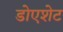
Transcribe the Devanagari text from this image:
डोएशेट